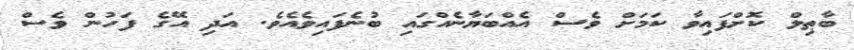
ބާޠިލް ކޮށްފައިވާ ކަމަށް ވެސް އެއްބަޔާނެއްގައި ބުނެފައިވެއެވެ. އަދި އޭގެ ފަހުން ވެސް